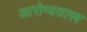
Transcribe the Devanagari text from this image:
आरोग्यशास्त्र